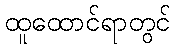
ထူထောင်ရာတွင်